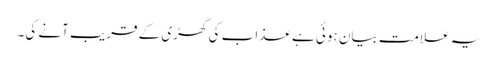
یہ علامت بیان ہوئی ہے عذاب کی گھڑی کے قریب آنے کی۔